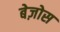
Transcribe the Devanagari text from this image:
बेज़ोस